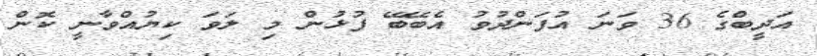
އަދީބްގެ 36 ވަނަ އުފަންދުވު އެބޭބޭ ފުޅުން މި ލަވަ ކިޔުއްވާނީ ކޮން